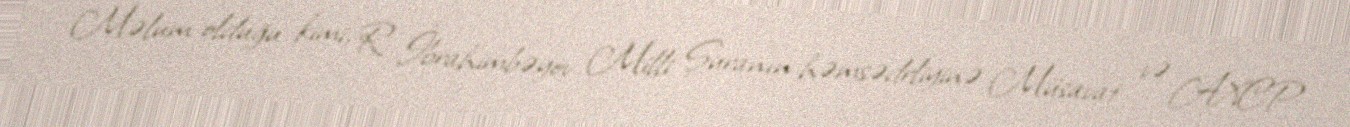
Məlum olduğu kimi, R. İbrahimbəyov Milli Şuranın həmsədrliyinə Müsavat və AXCP